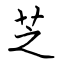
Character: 芝